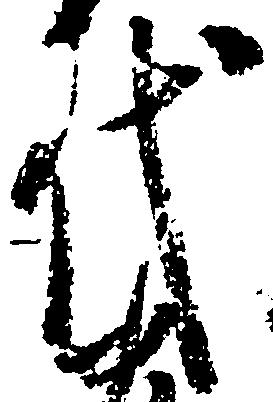
代